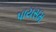
પાયસમ